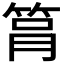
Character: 𥭞